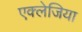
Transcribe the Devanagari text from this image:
एक्लेजिया